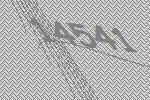
14541